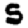
Digit: 5